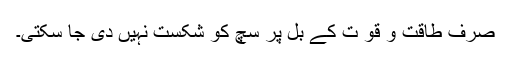
صرف طاقت و قو ت کے بل پر سچ کو شکست نہیں دی جا سکتی۔